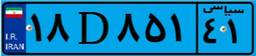
۰۲D۰۱۸۵۴